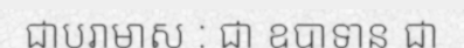
ជាបរាមាស : ជា ឧបាទាន ជា